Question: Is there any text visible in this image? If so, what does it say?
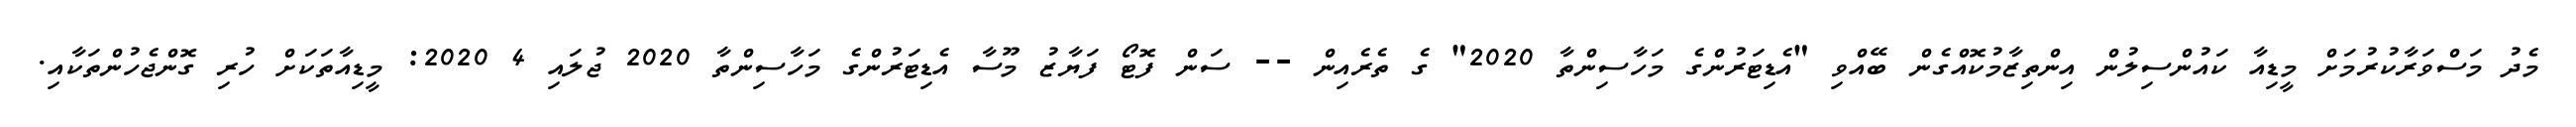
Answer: މެދު މަސްވަރާކުރުމަށް މީޑިއާ ކައުންސިލުން އިންތިޒާމުކޮއްގެން ބޭއްވި "އެޑިޓަރުންގެ މަހާސިންތާ 2020" ގެ ތެރެއިން -- ސަން ފޮޓޯ ފަޔާޒު މޫސާ އެޑިޓަރުންގެ މަހާސިންތާ 2020 ޖުލައި 4 2020: މީޑިއާތަކަށް ހުރި ގޮންޖެހުންތަކާއި.